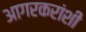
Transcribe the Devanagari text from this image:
आगरकरांशी